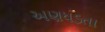
અણધડતા